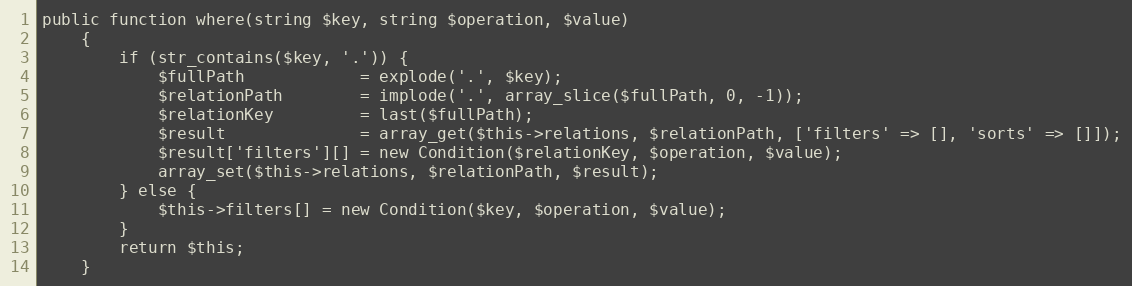
Language: PHP
public function where(string $key, string $operation, $value)
    {
        if (str_contains($key, '.')) {
            $fullPath            = explode('.', $key);
            $relationPath        = implode('.', array_slice($fullPath, 0, -1));
            $relationKey         = last($fullPath);
            $result              = array_get($this->relations, $relationPath, ['filters' => [], 'sorts' => []]);
            $result['filters'][] = new Condition($relationKey, $operation, $value);
            array_set($this->relations, $relationPath, $result);
        } else {
            $this->filters[] = new Condition($key, $operation, $value);
        }
        return $this;
    }